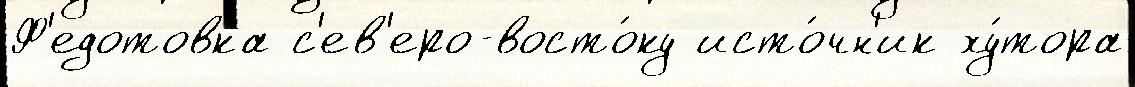
Ф'едотовка с'ев'еро-восто́ку исто́чн'ик ху́тора